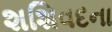
શશિવદના